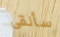
سألقى